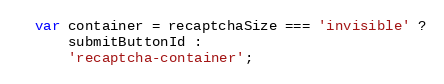
Language: JavaScript
  var container = recaptchaSize === 'invisible' ?
      submitButtonId :
      'recaptcha-container';